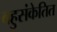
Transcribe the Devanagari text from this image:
बहुसंकेतित